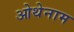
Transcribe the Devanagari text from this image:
ओथेनाम